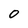
Character: 0